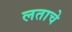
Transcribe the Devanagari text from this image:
लताचे